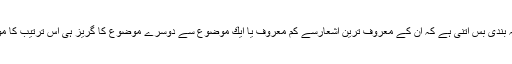
یہاں درجہ بندی بس اتنی ہے كہ ان كے معروف ترین اشعارسے كم معروف یا ایك موضوع سے دوسرے موضوع كا گریز ہی اس ترتیب كا موجب ہے۔